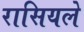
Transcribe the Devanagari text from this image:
रासियले